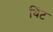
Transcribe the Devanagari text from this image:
थिंट